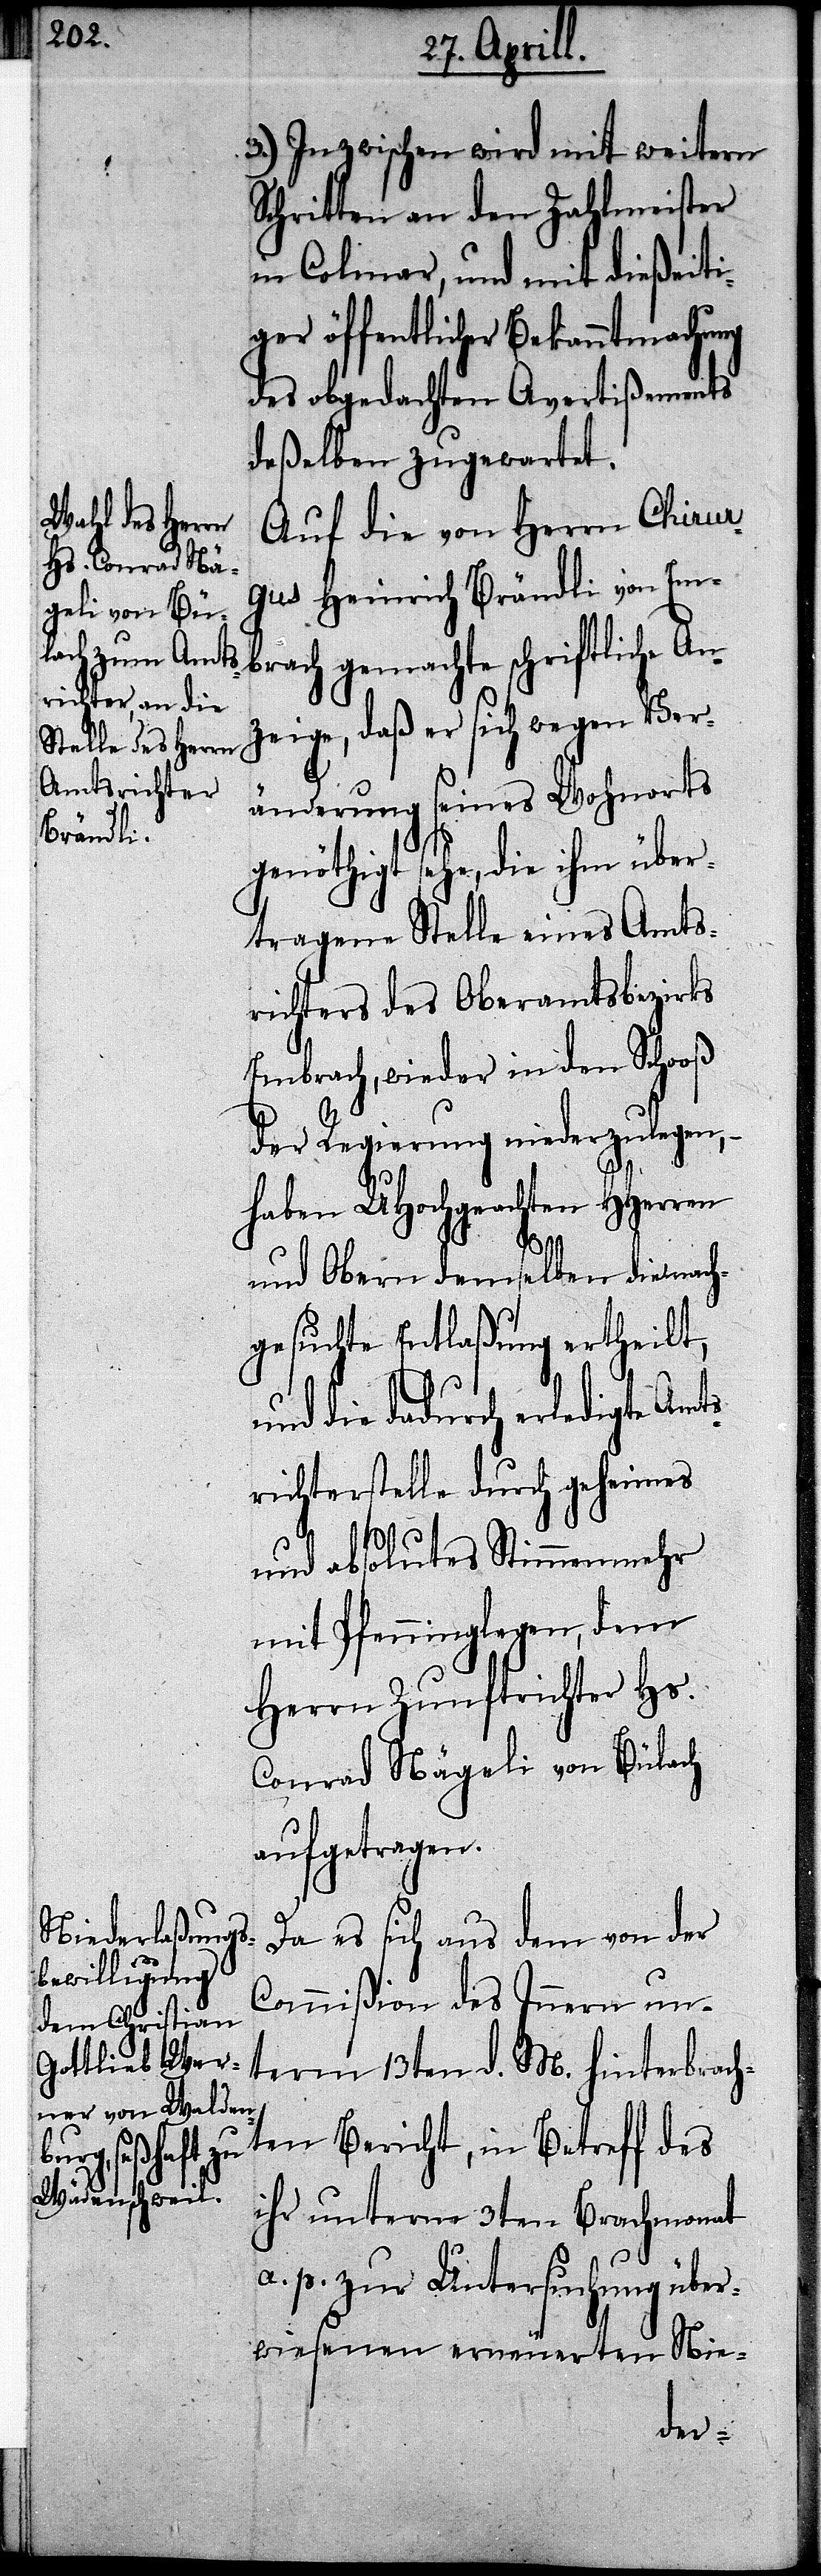
3.) Inzwischen wird mit weitern
Schritten an den Zahlmeister
in Colmar, und mit dießeiti¬
ger öffentlicher Bekanntmachung
des obgedachten Avertißements
deßelben zugewartet.
Auf die von Herrn Chirur¬
gus Heinrich Brändli von Em¬
brach gemachte schriftliche An¬
zeige, daß er sich wegen Ver¬
änderung seines Wohnorts
genöthigt sehe, die ihm über¬
tragene Stelle eines Amts¬
richters des Oberamtsbezirks
Embrach, wieder in den Schooß
der Regierung niederzulegen,
haben UHochgeachten HHerren
und Obern demselben die nach¬
gesuchte Entlaßung ertheilt,
und die dadurch erledigte Amts¬
richterstelle durch geheimes
und absolutes Stimmenmehr
mit Pfenninglegen, dem
Herrn Zunftrichter Hs.
Conrad Nägeli von Bülach
aufgetragen.
Da es sich aus dem von der
Commißion des Innern un¬
term 13ten d. M. hinterbrac¬
hten Bericht, in Betreff des
ihr unterm 3ten Brachmonat
a. p. zur Untersuchung über¬
wiesenen erneuerten Nie-